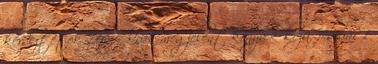
kérdeztétek 170. - Idén megjelent könyvek közü. február 1